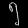
Digit: ၅